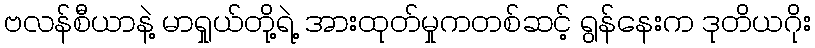
ဗလန်စီယာနဲ့ မာရှုယ်တို့ရဲ့ အားထုတ်မှုကတစ်ဆင့် ရွန်နေးက ဒုတိယဂိုး